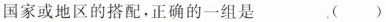
国家或地区的搭配。正确的一组是 （）